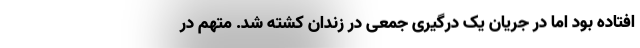
افتاده بود اما در جریان یک درگیری جمعی در زندان کشته شد. متهم در